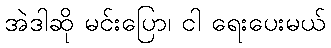
အဲဒါဆို မင်းပြော၊ ငါ ရေးပေးမယ်